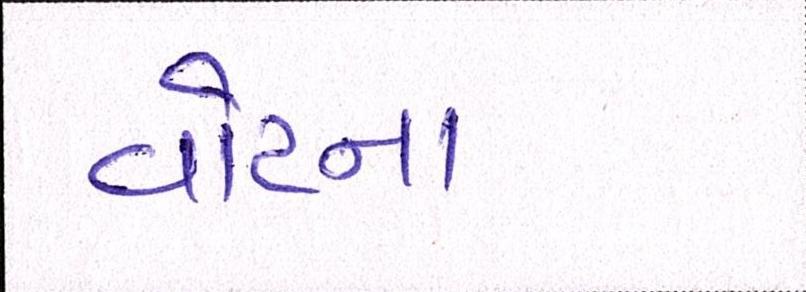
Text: વોટના